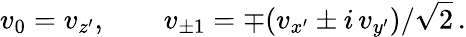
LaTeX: v_{0}=v_{z^{\prime}},\qquad v_{\pm 1}=\mp(v_{x^{\prime}}\pm i\, v_{y^{\prime}})/\sqrt{2}\, .